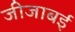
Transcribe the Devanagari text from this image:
जीजाबई